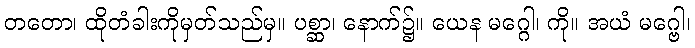
တတော၊ ထိုတံခါးကိုမှတ်သည်မှ။ ပစ္ဆာ၊ နောက်၌။ ယေန မဂ္ဂေါ၊ ကို။ အယံ မဂ္ဗေါ၊